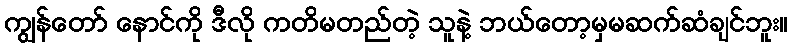
ကျွန်တော် နောင်ကို ဒီလို ကတိမတည်တဲ့ သူနဲ့ ဘယ်တော့မှမဆက်ဆံချင်ဘူး။